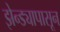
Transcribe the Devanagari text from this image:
झेन्ड्यापासून